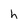
Character: h